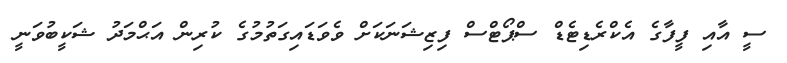
ސީ އާއި ފީފާގެ އެކްރެޑިޓެޑް ސްޕޯޓްސް ފިޒިޝަނަކަށް ވެވަޑައިގަތުމުގެ ކުރިން އަޙްމަދު ޝަކީބުވަނީ